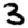
Digit: 3